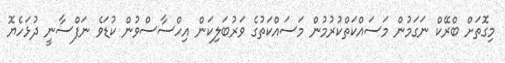
މިގޮތަށް ބްރޭކް ނަގަމުން މަސައްކަތްކުރުމުން މަސައްކަތުގެ ވަރުބަލިކަން އިހްސާސްވުން ކުޑަވެ ނަފްސާނީ ދުޅަހެޔޮ